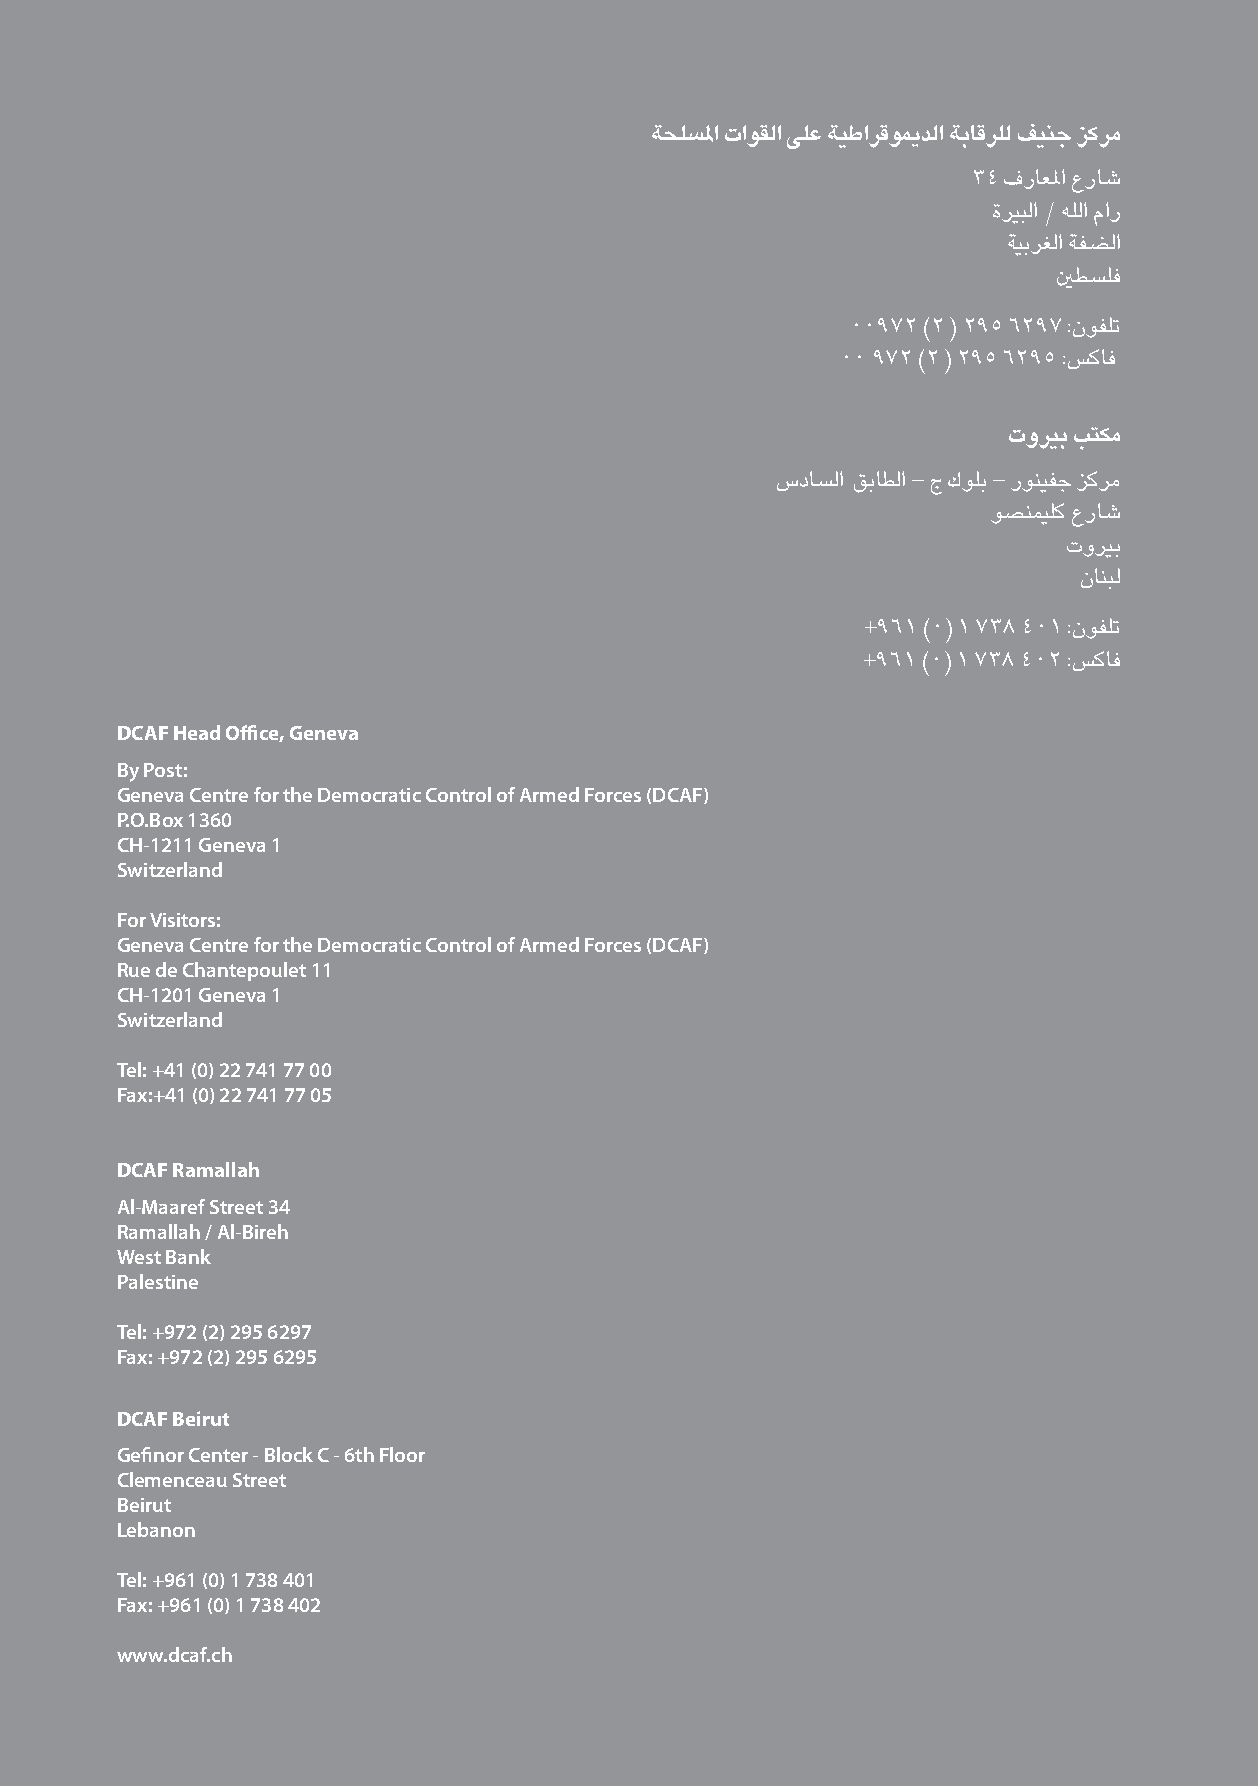
ةيعجرم صوصن عيمتج
 ةحلسلما تاوقلا ىلع ةيطارقويمدلا ةباقرلل فينج زكرم
 34 فراعلما عراش
 ةريبلا / هللا مار
 ةيبرغلا ةفضلا
 ينطسلف
 00972 )2 ( 295 6297 :نوفلت
 00 972 )2 ( 295 6295 :سكاف
 توريب بتكم
 سداسلا قباطلا - ج كولب - رونيفج زكرم
 وصنميلك عراش
 توريب
 نانبل
 +961 )0( 1 738 401 :نوفلت
 +961 )0( 1 738 402 :سكاف
 DCAF Head Office, Geneva
 By Post:
 Geneva Centre for the Democratic Control of Armed Forces (DCAF)
 P.O.Box 1360
 CH-1211 Geneva 1
 Switzerland
 For Visitors:
 Geneva Centre for the Democratic Control of Armed Forces (DCAF)
 Rue de Chantepoulet 11
 CH-1201 Geneva 1
 Switzerland
 Tel: +41 (0) 22 741 77 00
 Fax:+41 (0) 22 741 77 05
 DCAF Ramallah
 Al-Maaref Street 34
 Ramallah / Al-Bireh
 West Bank
 Palestine
 Tel: +972 (2) 295 6297
 Fax: +972 (2) 295 6295
 DCAF Beirut
 Gefinor Center - Block C - 6th Floor
 Clemenceau Street
 Beirut
 Lebanon
 Tel: +961 (0) 1 738 401
 Fax: +961 (0) 1 738 402
 www.dcaf.ch
 84